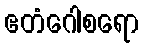
ဧတံဂေါစရော